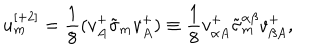
u _ { { m } } ^ { { [ + 2 ] } } = { \frac { 1 } { 8 } } ( v _ { { A } } ^ { + } \tilde { \sigma } _ { { m } } v _ { { A } } ^ { + } ) \equiv { \frac { 1 } { 8 } } v _ { \alpha { A } } ^ { + } \tilde { \sigma } _ { { m } } ^ { \alpha \beta } v _ { \beta { A } } ^ { + } ,